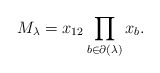
\begin{gather*}M_{\lambda} = x_{12} \prod_{ b \in \partial(\lambda)} x_{b}.\end{gather*}